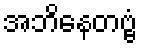
အဘိနေတဗ္ဗံ